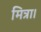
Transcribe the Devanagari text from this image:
मित्रा।